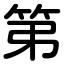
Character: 第